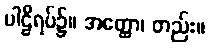
ပါဠိရပ်၌။ အတ္ထော၊ တည်း။